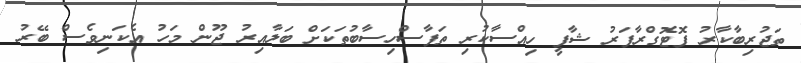
ތަޖުރިބާކާރު ފޮޓޮގްރާފަރު ޝާފީ ހިއްސާކުރި ތަފާސްހިސާބުތަކަށް ބަލާއިރު ޖޫން މަހު އެކަނިވެސް ބޭރު